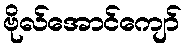
ဗိုလ်အောင်ကျော်